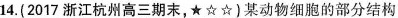
14. (2017 浙江杭州高三期末，★☆☆) 某动物细胞的部分结构